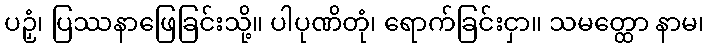
ပဉှံ၊ ပြဿနာဖြေခြင်းသို့။ ပါပုဏိတုံ၊ ရောက်ခြင်းငှာ။ သမတ္ထော နာမ၊